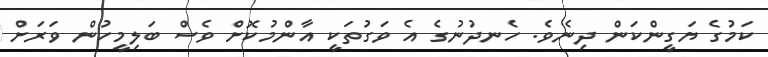
ކަމުގެ ޔަގީންކަން ދިނެވެ. ހެނދުނުގެ އެ ވަގުތަކީ އާންމުކޮށް ވެސް ބަލިމީހުން ވަރަށް